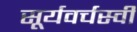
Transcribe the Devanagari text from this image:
सूर्यवर्चस्वी